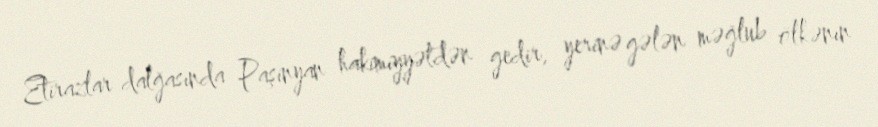
Etirazlar dalğasında Paşinyan hakimiyyətdən gedir, yerinə gələn məğlub ölkənın